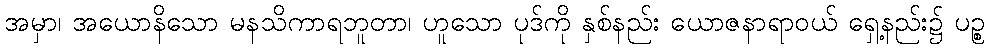
အမှာ၊ အယောနိသော မနသိကာရဘူတာ၊ ဟူသော ပုဒ်ကို နှစ်နည်း ယောဇနာရာဝယ် ရှေ့နည်း၌ ပဉ္စ